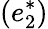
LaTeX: (e_{2}^{\ast})